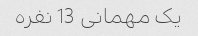
یک مهمانی 13 نفره